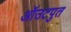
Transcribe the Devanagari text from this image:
ऑउटपुत